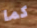
كما